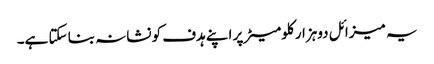
یہ میزائل دوہزار کلومیٹر پر اپنے ہدف کو نشانہ بنا سکتا ہے۔